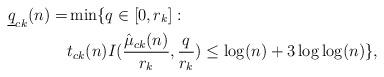
LaTeX: \begin{align*}\underline{q}_{ck}(n) =& \min \{q\in [0,r_k]: \\& t_{ck}(n)I({\hat{\mu}_{ck}(n) \over r_k},{q\over r_k}) \le \log(n)+3\log\log(n)\},\end{align*}